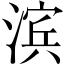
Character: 滨